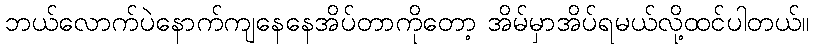
ဘယ်လောက်ပဲနောက်ကျနေနေအိပ်တာကိုတော့ အိမ်မှာအိပ်ရမယ်လို့ထင်ပါတယ်။